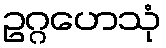
ဥဂ္ဂဟေသုံ